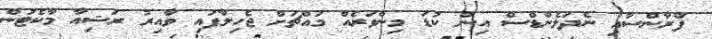
ފްރާންސާއި ނެދަލެންޑްސް އިން ކުޑަ މިންވަރެއް މައްޗަށް ޖެހިލާފައި ވާއިރު ރަޝިއާ މާކެޓުން